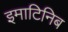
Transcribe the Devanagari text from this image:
इमाटिनिब